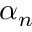
\alpha _ { n }